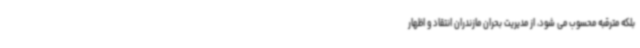
بلکه مترقبه محسوب می شود، از مدیریت بحران مازندران انتقاد و اظهار